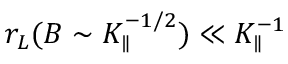
r _ { L } ( B \sim K _ { \parallel } ^ { - 1 / 2 } ) \ll K _ { \parallel } ^ { - 1 }